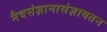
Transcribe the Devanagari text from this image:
नैवसंज्ञानासंज्ञायतन